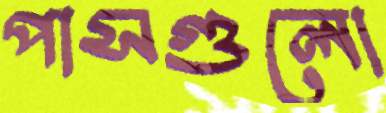
পাসগুলো